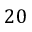
2 0